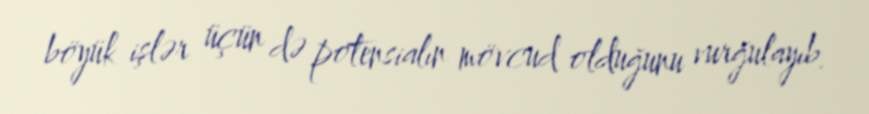
böyük işlər üçün də potensialın mövcud olduğunu vurğulayıb.